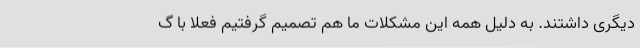
دیگری داشتند. به دلیل همه این مشکلات ما هم تصمیم گرفتیم فعلا با گ